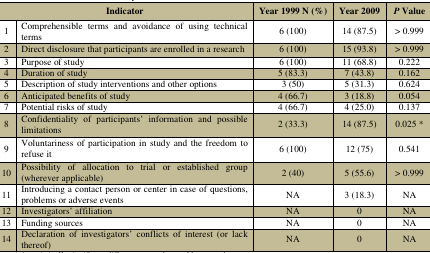
<table><thead><tr><td colspan="2"><b>Indicator</b></td><td><b>Year 1999 N (%)</b></td><td><b>Year 2009</b></td><td><b><i>P</i> Value</b></td></tr></thead><tbody><tr><td>1</td><td>Comprehensible terms and avoidance of using technical terms</td><td>6 (100)</td><td>14 (87.5)</td><td>&gt; 0.999</td></tr><tr><td>2</td><td>Direct disclosure that participants are enrolled in a research</td><td>6 (100)</td><td>15 (93.8)</td><td>&gt; 0.999</td></tr><tr><td>3</td><td>Purpose of study</td><td>6 (100)</td><td>11 (68.8)</td><td>0.222</td></tr><tr><td>4</td><td>Duration of study</td><td>5 (83.3)</td><td>7 (43.8)</td><td>0.162</td></tr><tr><td>5</td><td>Description of study interventions and other options</td><td>3 (50)</td><td>5 (31.3)</td><td>0.624</td></tr><tr><td>6</td><td>Anticipated benefits of study</td><td>4 (66.7)</td><td>3 (18.8)</td><td>0.054</td></tr><tr><td>7</td><td>Potential risks of study</td><td>4 (66.7)</td><td>4 (25.0)</td><td>0.137</td></tr><tr><td>8</td><td>Confidentiality of participants’ information and possible limitations</td><td>2 (33.3)</td><td>14 (87.5)</td><td>0.025 *</td></tr><tr><td>9</td><td>Voluntariness of participation in study and the freedom to refuse it</td><td>6 (100)</td><td>12 (75)</td><td>0.541</td></tr><tr><td>10</td><td>Possibility of allocation to trial or established group (wherever applicable)</td><td>2 (40)</td><td>5 (55.6)</td><td>&gt; 0.999</td></tr><tr><td>11</td><td>Introducing a contact person or center in case of questions, problems or adverse events</td><td>NA</td><td>3 (18.3)</td><td>NA</td></tr><tr><td>12</td><td>Investigators’ affiliation</td><td>NA</td><td>0</td><td>NA</td></tr><tr><td>13</td><td>Funding sources</td><td>NA</td><td>0</td><td>NA</td></tr><tr><td>14</td><td>Declaration of investigators’ conflicts of interest (or lack thereof)</td><td>NA</td><td>0</td><td>NA</td></tr></tbody></table>